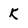
Character: K